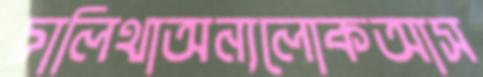
চালিথাঅন্যলোকআস